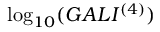
\log _ { { 1 0 } } ( G A L I ^ { { ( 4 ) } } )